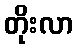
တိုးလာ